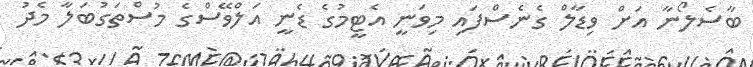
ބާސެލޯނާ އަށް ވިޑާލް ގެނެސްފައި މިވަނީ އެޓީމުގެ ޑެނީ އަލްވޭސްގެ މުސްތަގުބަލާ މެދު